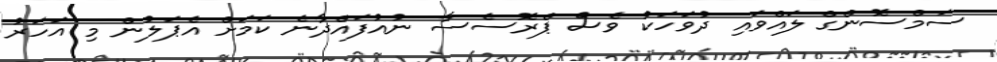
ސަމްސޮންގް ލައްވައި ދުވަހަކު ވެސް ޕްރޮސެސާ ނުއުފައްދާނެ ކަމަށް އެޕަލުން މި އަހަރު